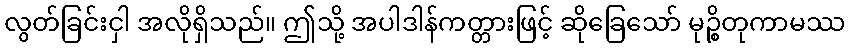
လွတ်ခြင်းငှါ အလိုရှိသည်။ ဤသို့ အပါဒါန်ကတ္တားဖြင့် ဆိုခြေသော် မုဉ္စိတုကာမဿ